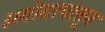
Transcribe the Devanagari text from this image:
अगोदरपासून